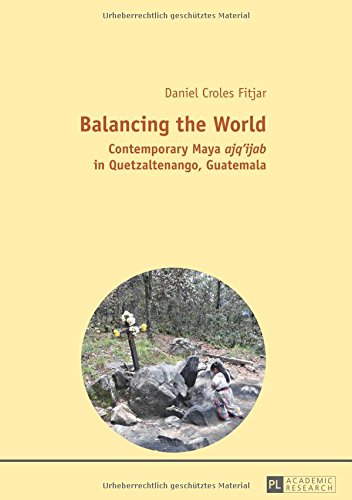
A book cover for Balancing the World: Contemporary Maya ajq'ijab in Quetzaltenango, Guatemala; Daniel Croles Fitjar; History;